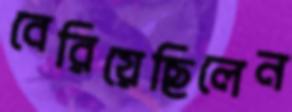
বেরিয়েছিলেন